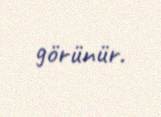
görünür.